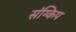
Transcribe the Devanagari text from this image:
संग्किप